system: You are a helpful assistant.
user:
Analyze the provided spectrum to determine if it is a **"Cataclysmic Variables (CV)"**.

- **Key Indicators for CV (Check for either state):**
    - **State 1: Quiescent / Low-State (Emission-Dominated)**
        - **(Primary):** Strong and *very broad* Hydrogen Balmer emission lines (e.g., $H\alpha$ at 6563 Å, $H\beta$ at 4861 Å). The 'broadness' (high velocity dispersion, often FWHM > 1000 km/s) is the key diagnostic, indicating a high-velocity accretion disk.
        - **(Secondary):** Broad neutral Helium (He I) emission lines (e.g., 5876 Å, 6678 Å).
        - **(Key Confirmation):** Presence of high-excitation *ionized* Helium (He II) emission at 4686 Å. This is a strong indicator of accretion onto a white dwarf.
        - **(Line Profile):** Emission lines may exhibit a 'double-peaked' profile, which is a classic signature of a rotating accretion disk viewed at high inclination.

    - **State 2: Outburst / High-State (Absorption-Dominated)**
        - **(Primary):** Spectrum is dominated by a bright, blue continuum (looks like a hot star).
        - **(Secondary):** The emission lines from State 1 are weak, absent, or 'filled in', and are replaced by broad, shallow *absorption* lines (primarily Balmer and He I).
        - **(Morphology):** The overall spectrum mimics a hot B/A-type star. The crucial difference is that the absorption lines are significantly broader, shallower, and more 'washed-out' (or 'smeared') than the sharp lines of a normal stellar photosphere, due to high rotational speeds and pressure broadening in the disk.

Think first, call **spectral_visualization_tool** if needed to examine features in detail, then provide your final answer. Your response must adhere to the following strict rules:
1.  **Overall Structure:** Your response must follow the format `<think>...</think> <tool_call>...</tool_call> (if a tool is used) <answer>...</answer>`.
2.  **Tool Usage Constraint:** You may only make **one** tool call per turn.
3.  **Final Answer Format:** In the `<answer>` tag, your conclusion must be inside a `\boxed{}` command (e.g., `\boxed{YES}`), followed by your justification.

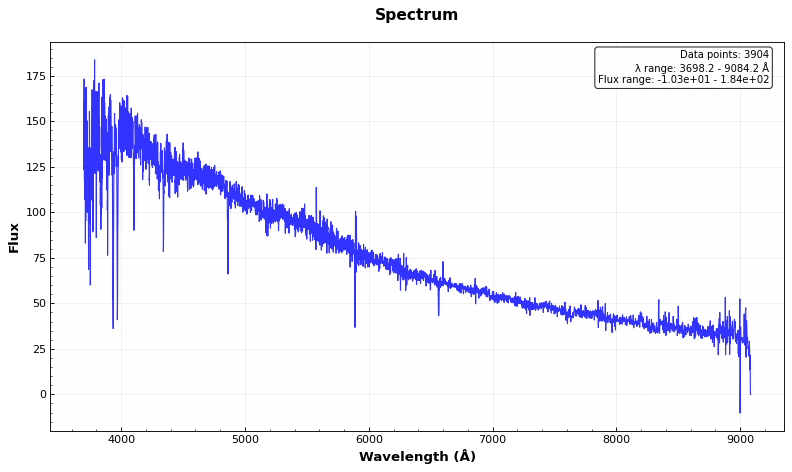
Answer: NO